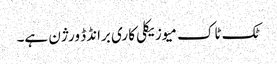
ٹک ٹاک میوزیکلی کا ری برانڈڈ ورژن ہے۔